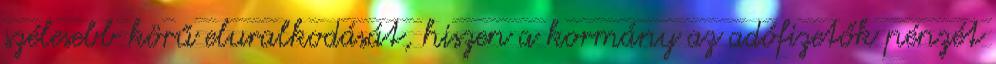
szélesebb körű eluralkodását, hiszen a kormány az adófizetők pénzét